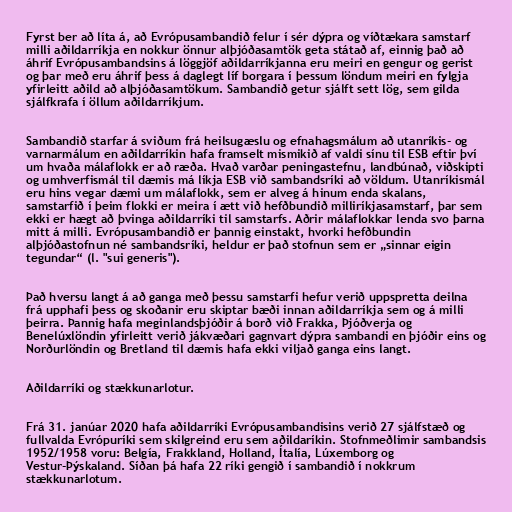
Fyrst ber að líta á, að Evrópusambandið felur í sér dýpra og víðtækara samstarf
milli aðildarríkja en nokkur önnur alþjóðasamtök geta státað af, einnig það að
áhrif Evrópusambandsins á löggjöf aðildarríkjanna eru meiri en gengur og gerist
og þar með eru áhrif þess á daglegt líf borgara í þessum löndum meiri en fylgja
yfirleitt aðild að alþjóðasamtökum. Sambandið getur sjálft sett lög, sem gilda
sjálfkrafa í öllum aðildarríkjum.

Sambandið starfar á sviðum frá heilsugæslu og efnahagsmálum að utanríkis- og
varnarmálum en aðildarríkin hafa framselt mismikið af valdi sínu til ESB eftir því
um hvaða málaflokk er að ræða. Hvað varðar peningastefnu, landbúnað, viðskipti
og umhverfismál til dæmis má líkja ESB við sambandsríki að völdum. Utanríkismál
eru hins vegar dæmi um málaflokk, sem er alveg á hinum enda skalans,
samstarfið í þeim flokki er meira í ætt við hefðbundið milliríkjasamstarf, þar sem
ekki er hægt að þvinga aðildarríki til samstarfs. Aðrir málaflokkar lenda svo þarna
mitt á milli. Evrópusambandið er þannig einstakt, hvorki hefðbundin
alþjóðastofnun né sambandsríki, heldur er það stofnun sem er „sinnar eigin
tegundar“ (l. "sui generis").

Það hversu langt á að ganga með þessu samstarfi hefur verið uppspretta deilna
frá upphafi þess og skoðanir eru skiptar bæði innan aðildarríkja sem og á milli
þeirra. Þannig hafa meginlandsþjóðir á borð við Frakka, Þjóðverja og
Benelúxlöndin yfirleitt verið jákvæðari gagnvart dýpra sambandi en þjóðir eins og
Norðurlöndin og Bretland til dæmis hafa ekki viljað ganga eins langt.

Aðildarríki og stækkunarlotur.

Frá 31. janúar 2020 hafa aðildarríki Evrópusambandisins verið 27 sjálfstæð og
fullvalda Evrópuríki sem skilgreind eru sem aðildaríkin. Stofnmeðlimir sambandsis
1952/1958 voru: Belgía, Frakkland, Holland, Ítalía, Lúxemborg og
Vestur-Þýskaland. Síðan þá hafa 22 ríki gengið í sambandið í nokkrum
stækkunarlotum.